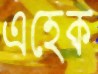
এহেক